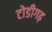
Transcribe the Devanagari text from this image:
टोडीगढ़